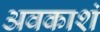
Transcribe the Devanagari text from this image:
अवकाशं